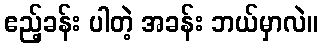
ဧည့်ခန်း ပါတဲ့ အခန်း ဘယ်မှာလဲ။